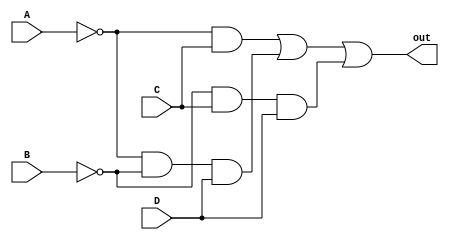
module F2 (
    input A, input B, input C, input D, output out
);
    assign out = ~A&C | ~A&~B&D | ~B&C&D;
endmodule